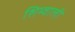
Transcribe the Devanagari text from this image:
शिम्वाली